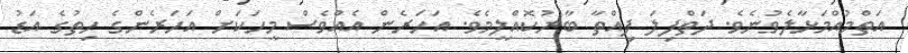
އަތްމުއްމަޅާލެވުނެވެ. ދަތްފިލަ ފިއްތާ ބާރުކޮއްލީމެވެ. އަހަރެން އެއްވެސް މީހަކަށް އަހަރެންގެ ހިތުގެ އަޑު